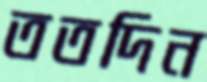
ততদিন